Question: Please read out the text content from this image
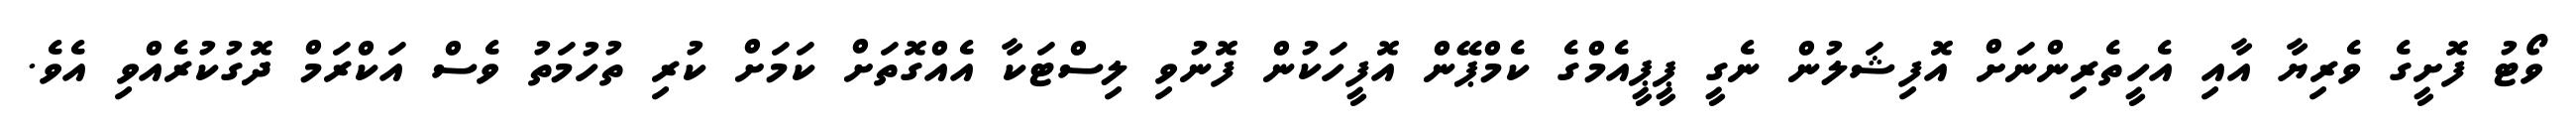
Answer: ވޯޓު ފޮށީގެ ވެރިޔާ އާއި އެހީތެރިންނަށް އޮފިޝަލުން ނެގީ ޕީޕީއެމްގެ ކެމްޕޭން އޮފީހަކުން ފޮނުވި ލިސްޓަކާ އެއްގޮތަށް ކަމަށް ކުރި ތުހުމަތު ވެސް އަކްރަމް ދޮގުކުރެއްވި އެވެ.